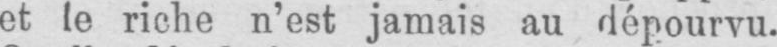
et le riche n’est jamais au dépourvu.